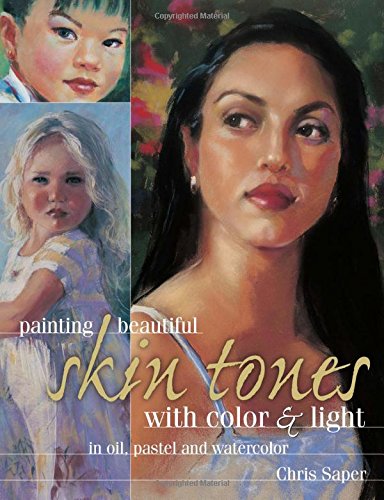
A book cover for Painting Beautiful Skin Tones with Color & Light: Oil, Pastel and Watercolor; Chris Saper; Arts & Photography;